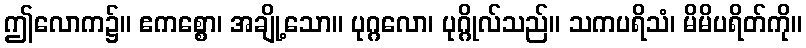
ဤလောက၌။ ဧကစ္စော၊ အချို့သော။ ပုဂ္ဂလော၊ ပုဂ္ဂိုလ်သည်။ သကပရိသံ၊ မိမိပရိတ်ကို။